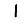
Digit: 1